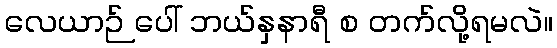
လေယာဉ် ပေါ် ဘယ်နှနာရီ စ တက်လို့ရမလဲ။